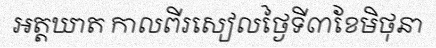
អត្តឃាត កាលពីរសៀលថ្ងៃទី៣ខែមិថុនា